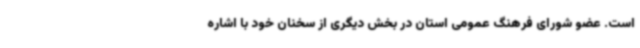
است. عضو شورای فرهنگ عمومی استان در بخش دیگری از سخنان خود با اشاره